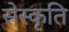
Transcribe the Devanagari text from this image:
सेस्कृति